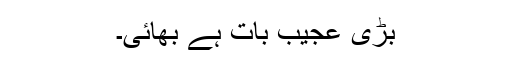
بڑی عجیب بات ہے بھائی۔